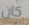
كان